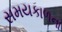
સમયકાળના